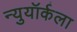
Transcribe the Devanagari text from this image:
न्युयॉर्कला